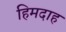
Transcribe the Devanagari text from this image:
हिमदाह